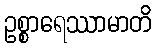
ဥစ္စာရေဿာမာတိ